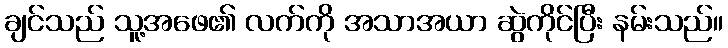
ချင်သည် သူ့အဖေ၏ လက်ကို အသာအယာ ဆွဲကိုင်ပြီး နမ်းသည်။